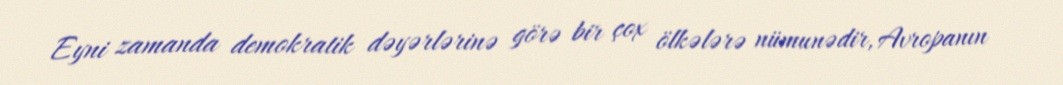
Eyni zamanda demokratik dəyərlərinə görə bir çox ölkələrə nümunədir, Avropanın